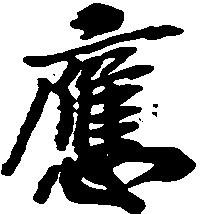
応